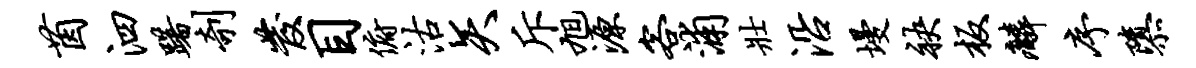
茵泗躇剞发目俯沽矢斥旭源客浦壮沿墁袂板麟序隳